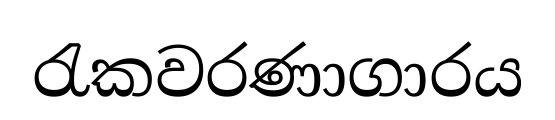
රැකවරණාගාරය